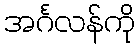
အင်္ဂလန်ကို